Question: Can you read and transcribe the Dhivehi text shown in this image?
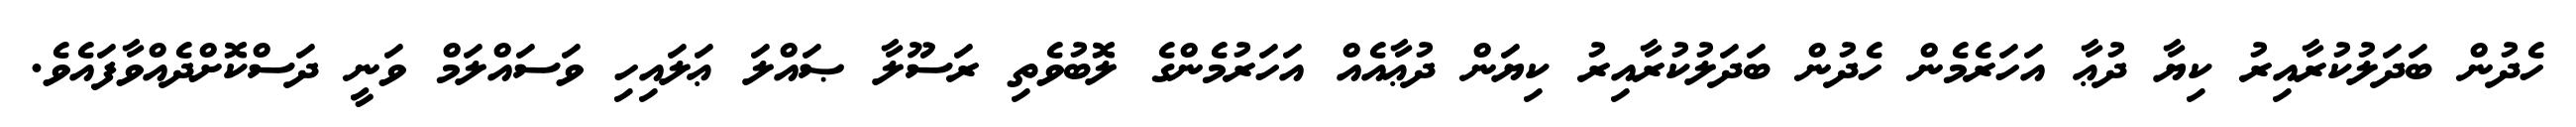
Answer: ހެދުން ބަދަލުކުރާއިރު ކިޔާ ދުޢާ އަހަރެމެން ހެދުން ބަދަލުކުރާއިރު ކިޔަން ދުޢާއެއް އަހަރުމެންގެ ލޮބުވެތި ރަސޫލާ ޞައްލަ ޢަލައިހި ވަސައްލަމް ވަނީ ދަސްކޮށްދެއްވާފައެވެ.